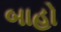
બાહો